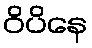
ဝိပိနေ